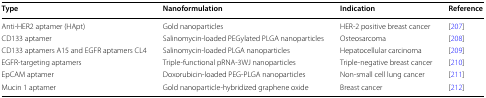
| Type | Nanoformulation | Indication | Reference |
 | --- | --- | --- | --- |
 | Anti-HER2 aptamer (HApt) | Gold nanoparticles | HER-2 positive breast cancer | [207] |
 | CD133 aptamer | Salinomycin-loaded PEGylated PLGA nanoparticles | Osteosarcoma | [208] |
 | CD133 aptamers A15 and EGFR aptamers CL4 | Salinomycin-loaded PLGA nanoparticles | Hepatocellular carcinoma | [209] |
 | EGFR-targeting aptamers | Triple-functional pRNA-3WJ nanoparticles | Triple-negative breast cancer | [210] |
 | EpCAM aptamer | Doxorubicin-loaded PEG-PLGA nanoparticles | Non-small cell lung cancer | [211] |
 | Mucin 1 aptamer | Gold nanoparticle-hybridized graphene oxide | Breast cancer | [212] |